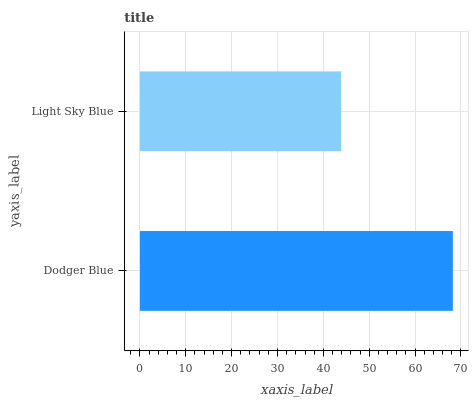
| yaxis_label | bars |
 | --- | --- |
 | Dodger Blue | 68.2 |
 | Light Sky Blue | 43.9 |